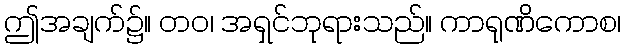
ဤအချက်၌။ တဝ၊ အရှင်ဘုရားသည်။ ကာရုဏိကောစ၊